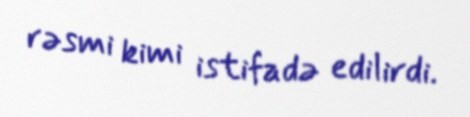
rəsmi kimi istifadə edilirdi.